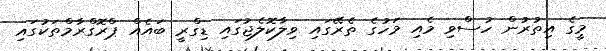
މީގެ އިތުރުން ހުސްވި މެއި މަހުގެ ތެރޭގައި ވިލާކޮލެޖުގައި ޑިގްރީ ބައެއް ޕްރޮގްރާމްތަކުގައި